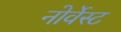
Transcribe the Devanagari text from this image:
नोर्वेस्ट